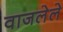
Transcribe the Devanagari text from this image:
वाजलेले